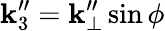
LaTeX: \mathbf{k}_{3}^{\prime\prime}=\mathbf{k}_{\perp}^{\prime\prime}\sin\phi